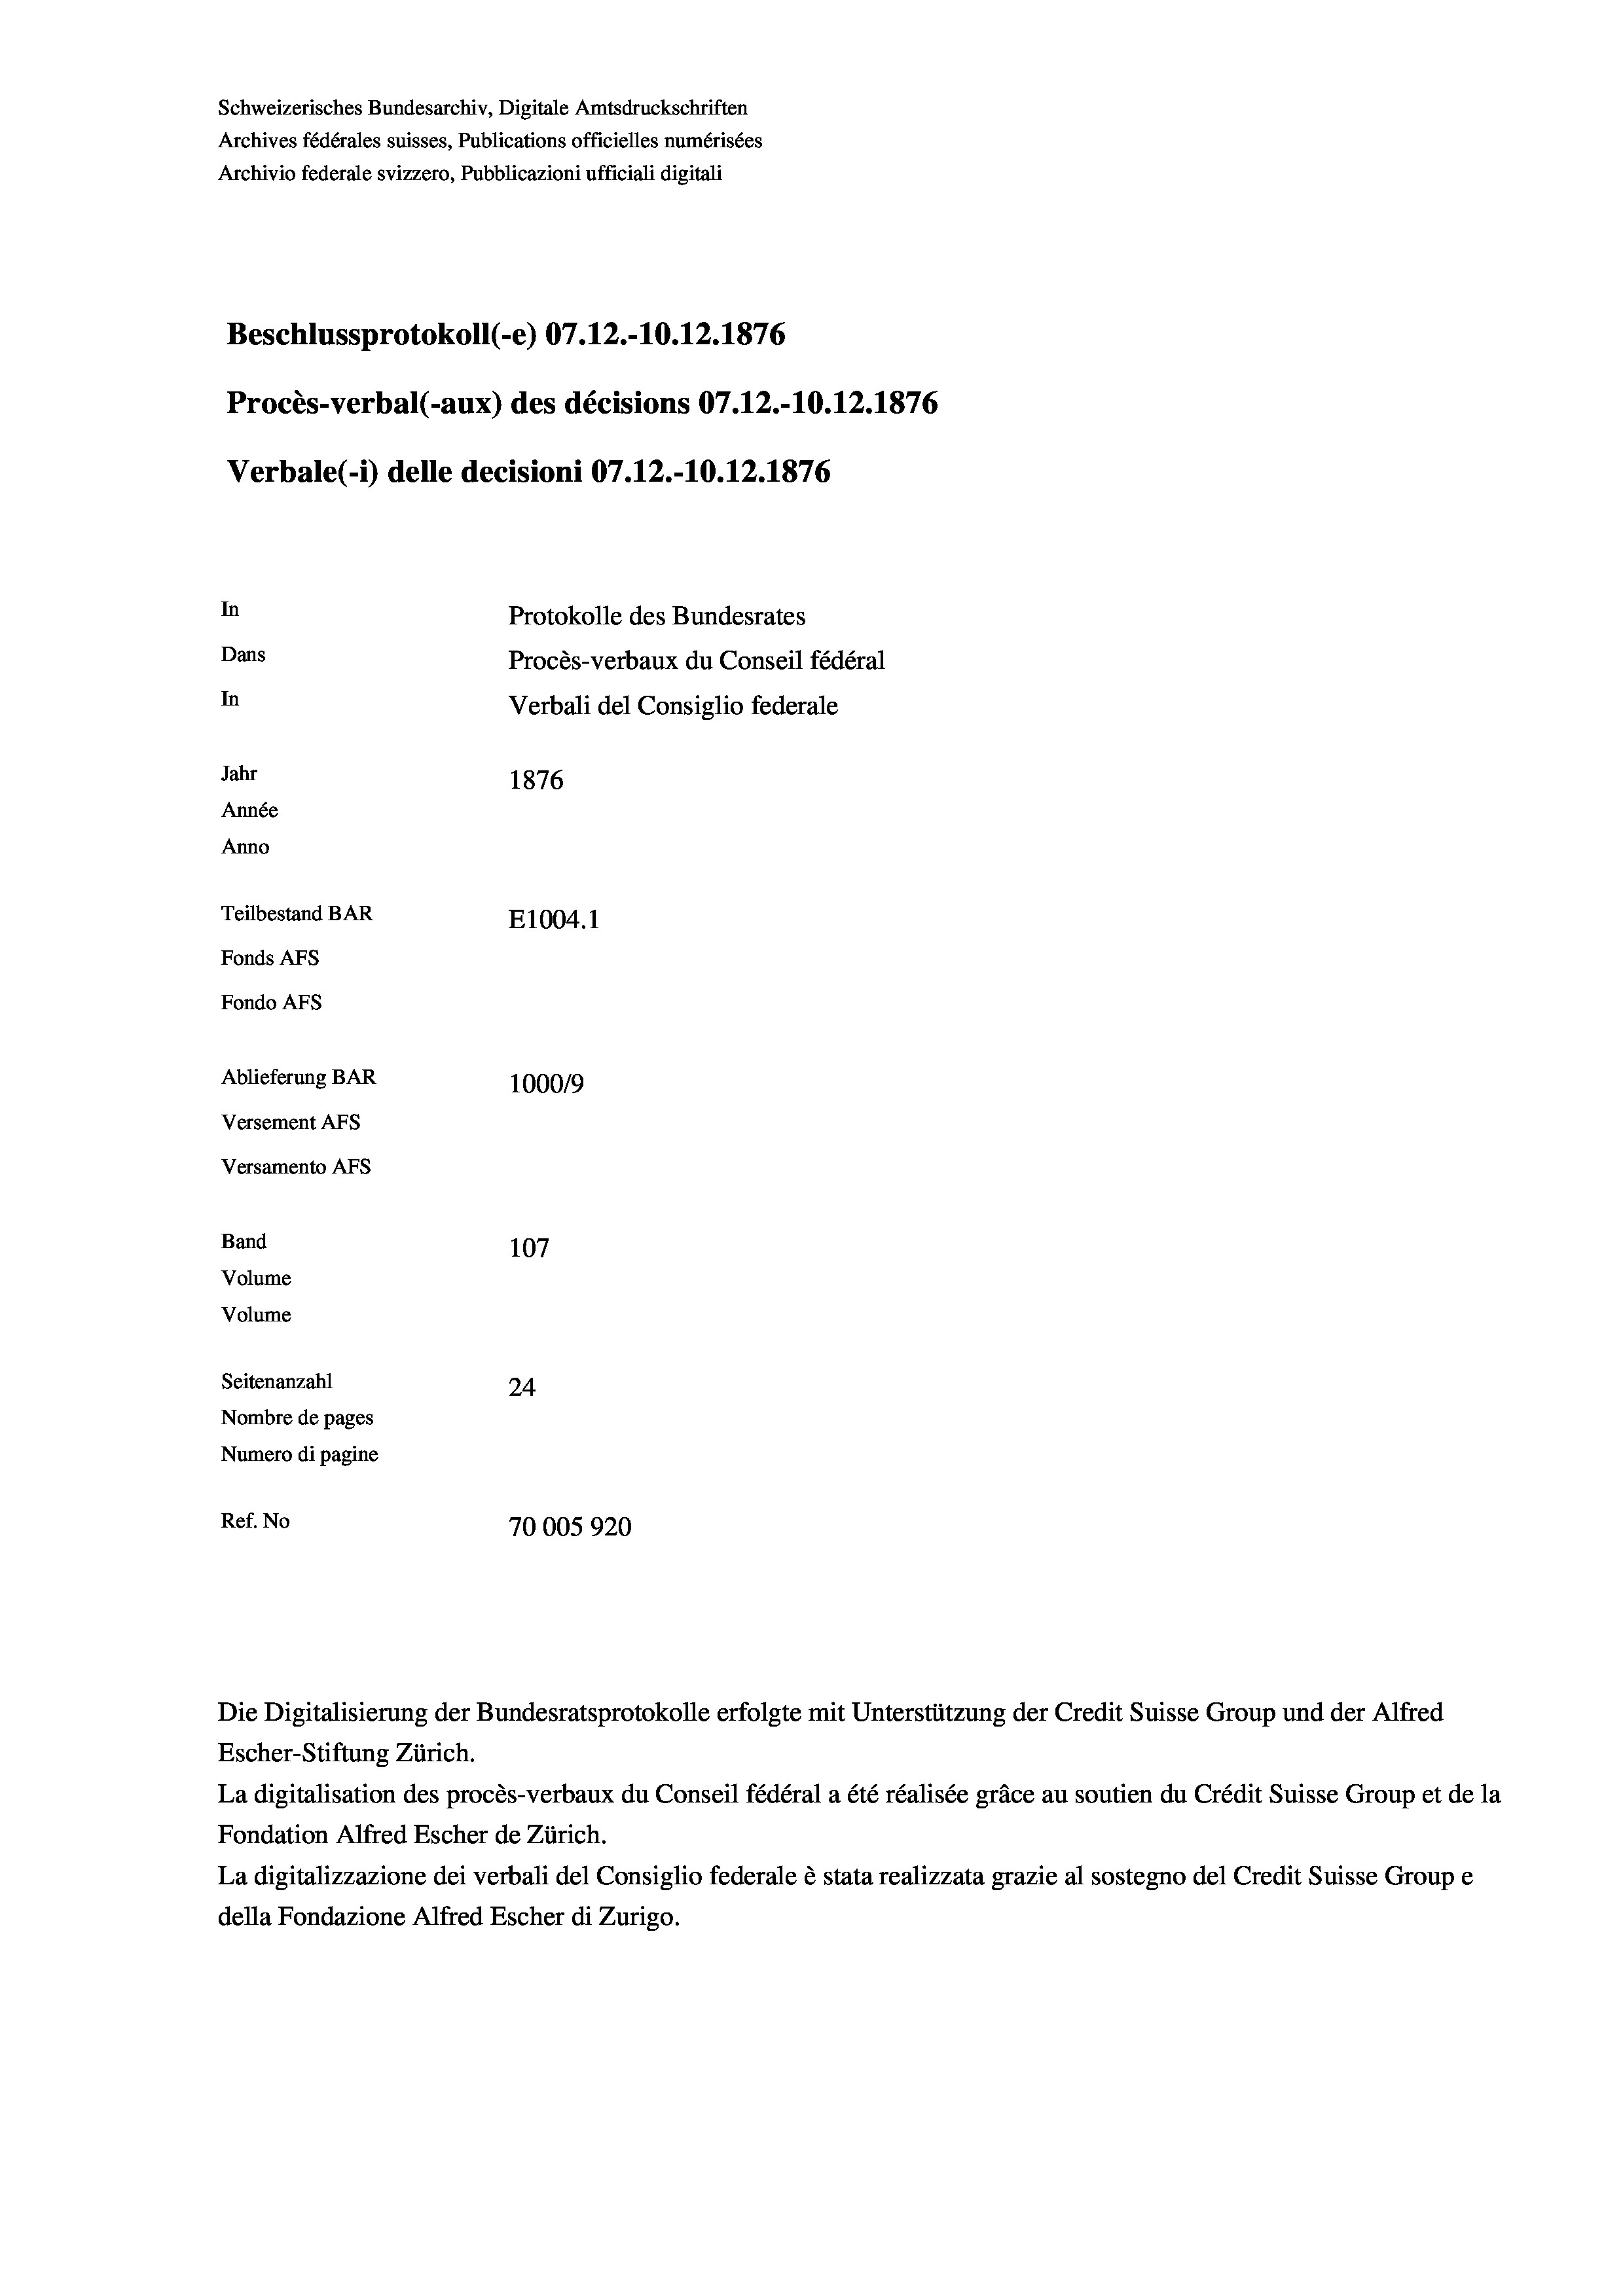
Schweizerisches Bundesarchiv, Digitale Amtsdruckschriften
Archives fédérales suisses, Publications officielles numérisées
Archivio federale svizzero, Pubblicazioni ufficiali digitali
Beschlussprotokoll (-e) 07.12.10.12.1876
Procès-verbal (-aux) des décisions 07.12.-10.12.1876
Verbale (- 1) delle decisioni 07.12.-10.12.1876
In
Protokolle des Bundesrates
Dans
Procès-verbaux du Conseil fédéral
In
Verbali del Consiglio federale
Jahr
1876
Année
Anno
Teilbestand BAR
E1004.1
Fonds AFs
Fondo AFS
Ablieferung BAR
100019
Versement AFs
Versamento AFs
Band
107
Volume
Volume
Seitenanzahl
24
Nombre de pages
Numero di pagine
Ref. No
70005920

Die Digitalisierung der Bundesratsprotokolle erfolgte mit Unterstützung der Credit Suisse Group und der Alfred
Escher-Stiftung Zürich.
La digitalisation des procès-verbaux du Conseil fédéral a été réalisée gräce au soutien du Crédit Suisse Group et de la
Fondation Alfred Escher de Zürich.
La digitalizzazione dei verbali del Consiglio federale è stata realizzata grazie al sostegno del Credit Suisse Groupe
della Fondazione Alfred Escher di Zurigo.